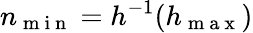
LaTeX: n_{\mathrm{~m~i~n~}}=h^{-1}(h_{\mathrm{~m~a~x~}})